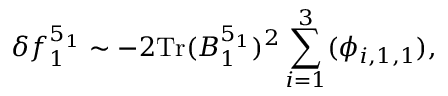
\delta f _ { 1 } ^ { 5 _ { 1 } } \sim - 2 \mathrm { T r } ( B _ { 1 } ^ { 5 _ { 1 } } ) ^ { 2 } \sum _ { i = 1 } ^ { 3 } ( \phi _ { i , 1 , 1 } ) ,